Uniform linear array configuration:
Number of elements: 24
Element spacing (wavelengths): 0.25
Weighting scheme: exponential
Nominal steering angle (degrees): -30
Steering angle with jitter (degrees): -31.675
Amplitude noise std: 0.05
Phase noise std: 0.05

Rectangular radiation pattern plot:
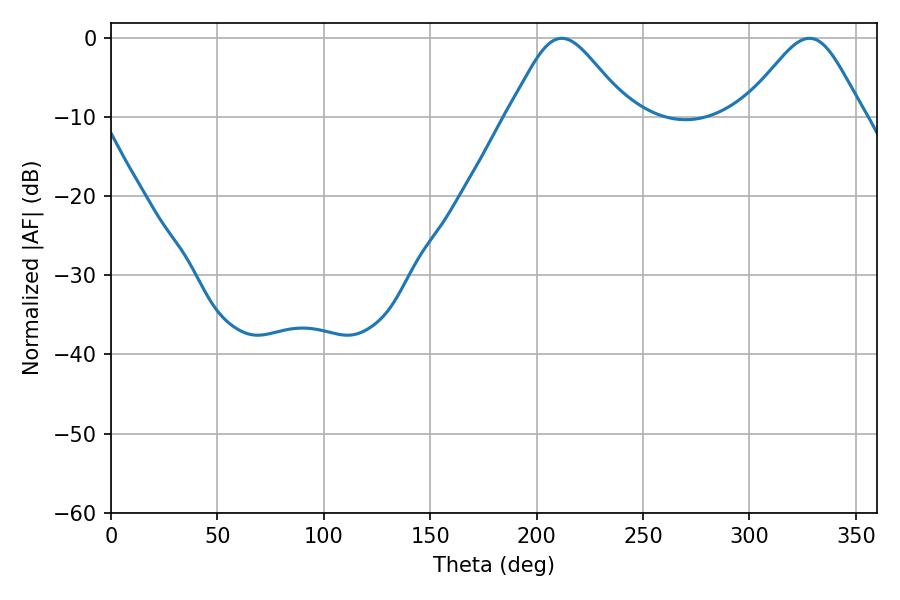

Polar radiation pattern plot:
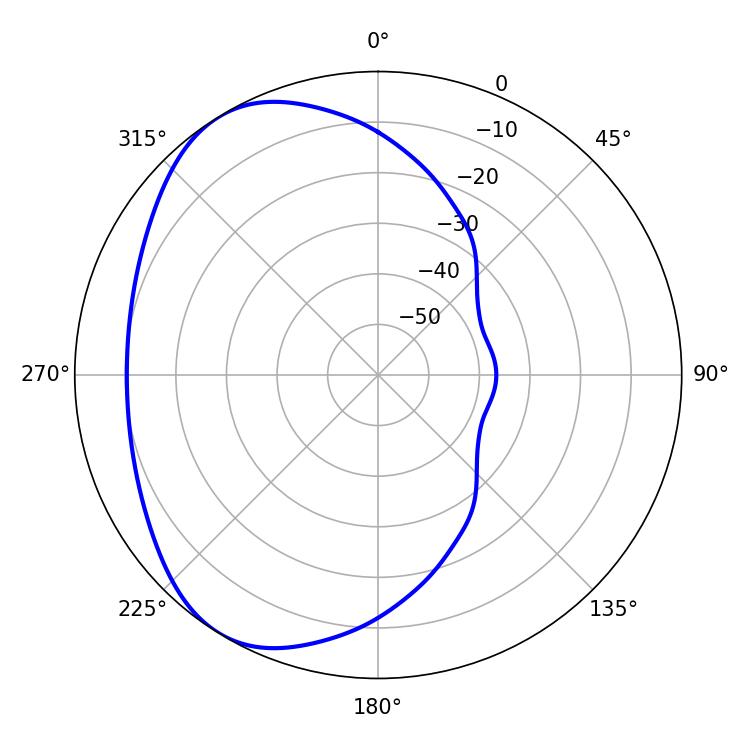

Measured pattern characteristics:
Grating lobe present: FALSE
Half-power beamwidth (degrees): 27.9
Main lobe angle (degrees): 211.86